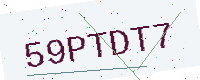
Text: 59PTDT7